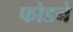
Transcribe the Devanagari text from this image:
फोडने